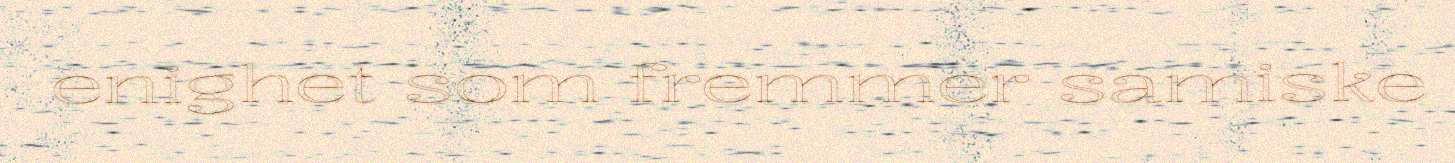
enighet som fremmer samiske